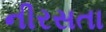
નીરસતા